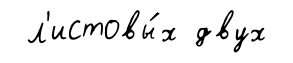
л'истовы́х двух